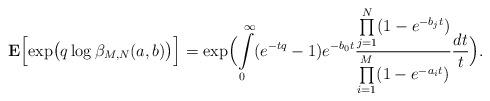
LaTeX: \begin{align*}{\bf E}\Bigl[\exp\bigl(q\log\beta_{M, N}(a,b)\bigr)\Bigr] =\exp\Bigl(\int\limits_0^\infty (e^{-tq}-1) e^{-b_0t} \frac{\prod\limits_{j=1}^N (1-e^{-b_j t})}{\prod\limits_{i=1}^M (1-e^{-a_i t})}\frac{dt}{t} \Bigr).\end{align*}